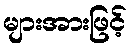
များအားဖြင့်